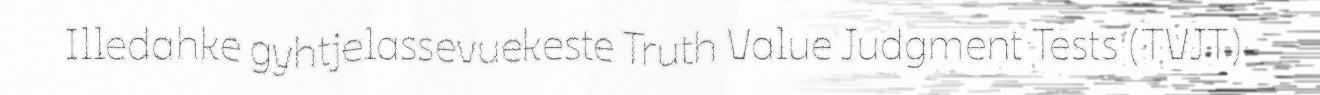
Illedahke gyhtjelassevuekeste Truth Value Judgment Tests (TVJT)